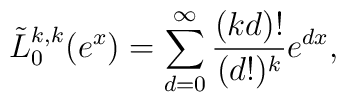
\tilde{L}_{0}^{k,k}(e^{x})=\sum_{d=0}^{\infty}\frac{(kd)!}{(d!)^{k}}e^{dx},